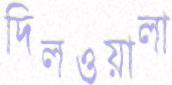
দিলওয়ালা